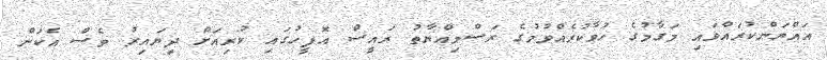
އައްޔަންކުރައްވައި މަގާމުގެ ހުވާކުރެއްވުމުގެ ރަސްމިއްޔާތު ރައީސް އޮފީހުގައި ކުރިއަށް ދިޔައިރު ވެސް އެކަން